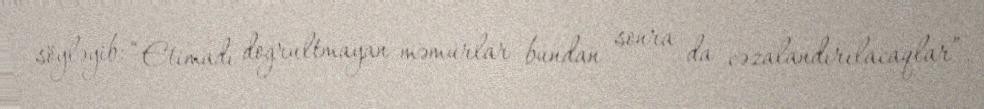
söyləyib: “Etimadı doğrultmayan məmurlar bundan sonra da cəzalandırılacaqlar”.